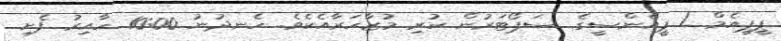
ޕީޕީއެމް / ޕީއެންސީގެ ސަޕޯޓަރުން ކުރި މުޒާހަރާއެކެވެ. ހެނދުނު 10:00 ހާއިރު ފެށި